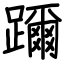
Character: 躎